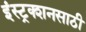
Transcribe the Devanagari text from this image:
इंस्ट्रक्शनसाठी